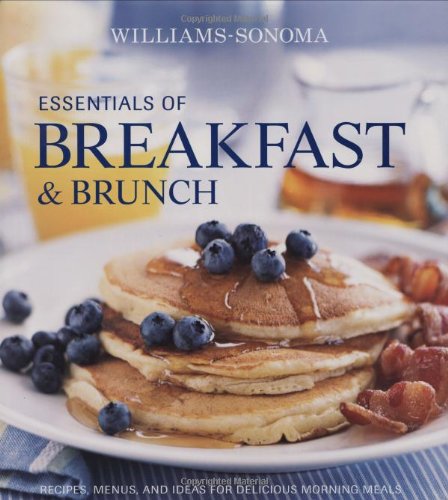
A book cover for Williams-Sonoma Essentials of Breakfast & Brunch; Georgeanne Brennan; Cookbooks, Food & Wine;